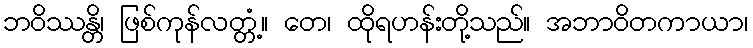
ဘဝိဿန္တိ၊ ဖြစ်ကုန်လတ္တံ့။ တေ၊ ထိုရဟန်းတို့သည်။ အဘာဝိတကာယာ၊